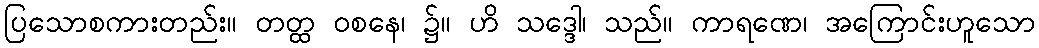
ပြသောစကားတည်း။ တတ္ထ ဝစနေ၊ ၌။ ဟိ သဒ္ဒေါ၊ သည်။ ကာရဏေ၊ အကြောင်းဟူသော